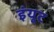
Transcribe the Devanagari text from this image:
इंयूट